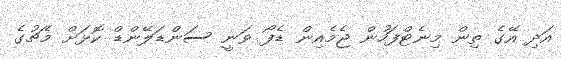
އަދި އޭގެ ތިން މިނެޓްފަހުން ޖެމެއިން ޑެފޯ ވަނީ ސަންޑަލޭންޑް ކޮޅަށް މެޗުގެ